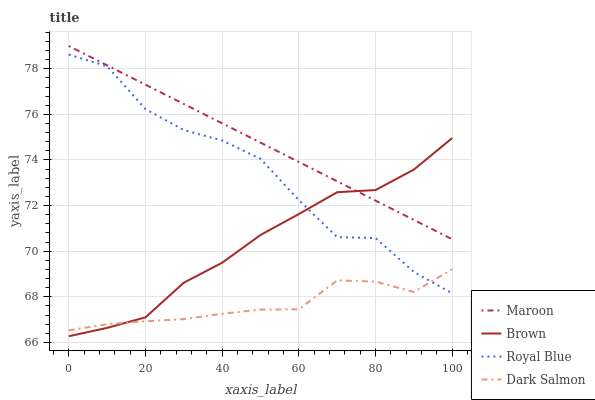
| xaxis_label | Maroon | Brown | Royal Blue | Dark Salmon |
 | --- | --- | --- | --- | --- |
 | 0 | 79 | 66.3 | 78.6 | 66.5 |
 | 10 | 78.2 | 66.6 | 78.1 | 66.8 |
 | 20 | 77.3 | 67.1 | 76.2 | 66.9 |
 | 30 | 76.5 | 68.6 | 75.3 | 67 |
 | 40 | 75.6 | 69.5 | 74.9 | 67.3 |
 | 50 | 74.8 | 70.7 | 74.1 | 67.4 |
 | 60 | 73.9 | 71.6 | 72.2 | 67.5 |
 | 70 | 73.1 | 72.6 | 70.6 | 68.7 |
 | 80 | 72.2 | 72.7 | 70.6 | 68.7 |
 | 90 | 71.4 | 73.6 | 69.1 | 68.2 |
 | 100 | 70.5 | 75 | 68.1 | 69.2 |